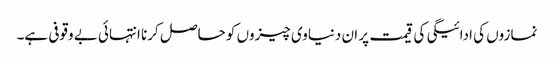
نمازوں کی ادائیگی کی قیمت پر ان دنیاوی چیزوں کو حاصل کرنا انتہائی بے وقوفی ہے۔